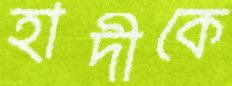
হাদীকে